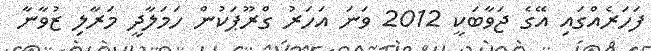
ފަހަރެއްގައި އޭގެ ޖަވާބަކީ 2012 ވަނަ އަހަރު ގްރޫޕަކުން ހަމަލާދީ މަރާލި ޒުވާނާ